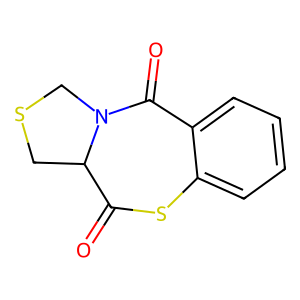
SMILES: O=C1Sc2ccccc2C(=O)N2CSCC12
Inhibits HIV replication: No